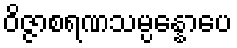
ဝိဇ္ဇာစရဏသမ္ပန္နောပေ